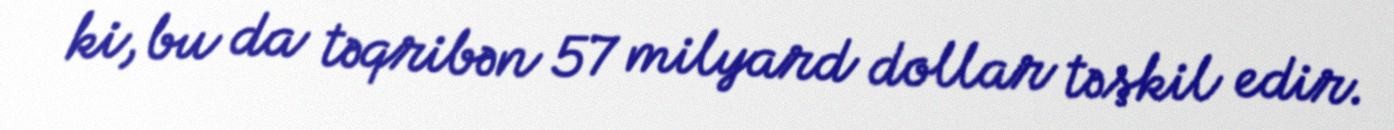
ki, bu da təqribən 57 milyard dollar təşkil edir.